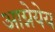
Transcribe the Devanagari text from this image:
आग्नेयेय